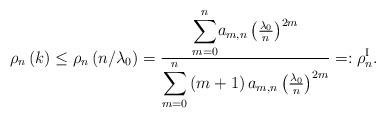
LaTeX: \begin{align*}\rho_{n}\left( k\right) \leq\rho_{n}\left( n/\lambda_{0}\right) =\frac{{\displaystyle\sum\limits_{m=0}^{n}}a_{m,n}\left( \frac{\lambda_{0}}{n}\right) ^{2m}}{{\displaystyle\sum\limits_{m=0}^{n}}\left( m+1\right) a_{m,n}\left( \frac{\lambda_{0}}{n}\right) ^{2m}}=:\rho_{n}^{\operatorname{I}}. \end{align*}